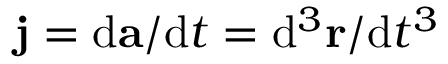
\mathbf { j } = \mathrm { d } \mathbf { a } / \mathrm { d } t = \mathrm { d } ^ { 3 } \mathbf { r } / \mathrm { d } t ^ { 3 }